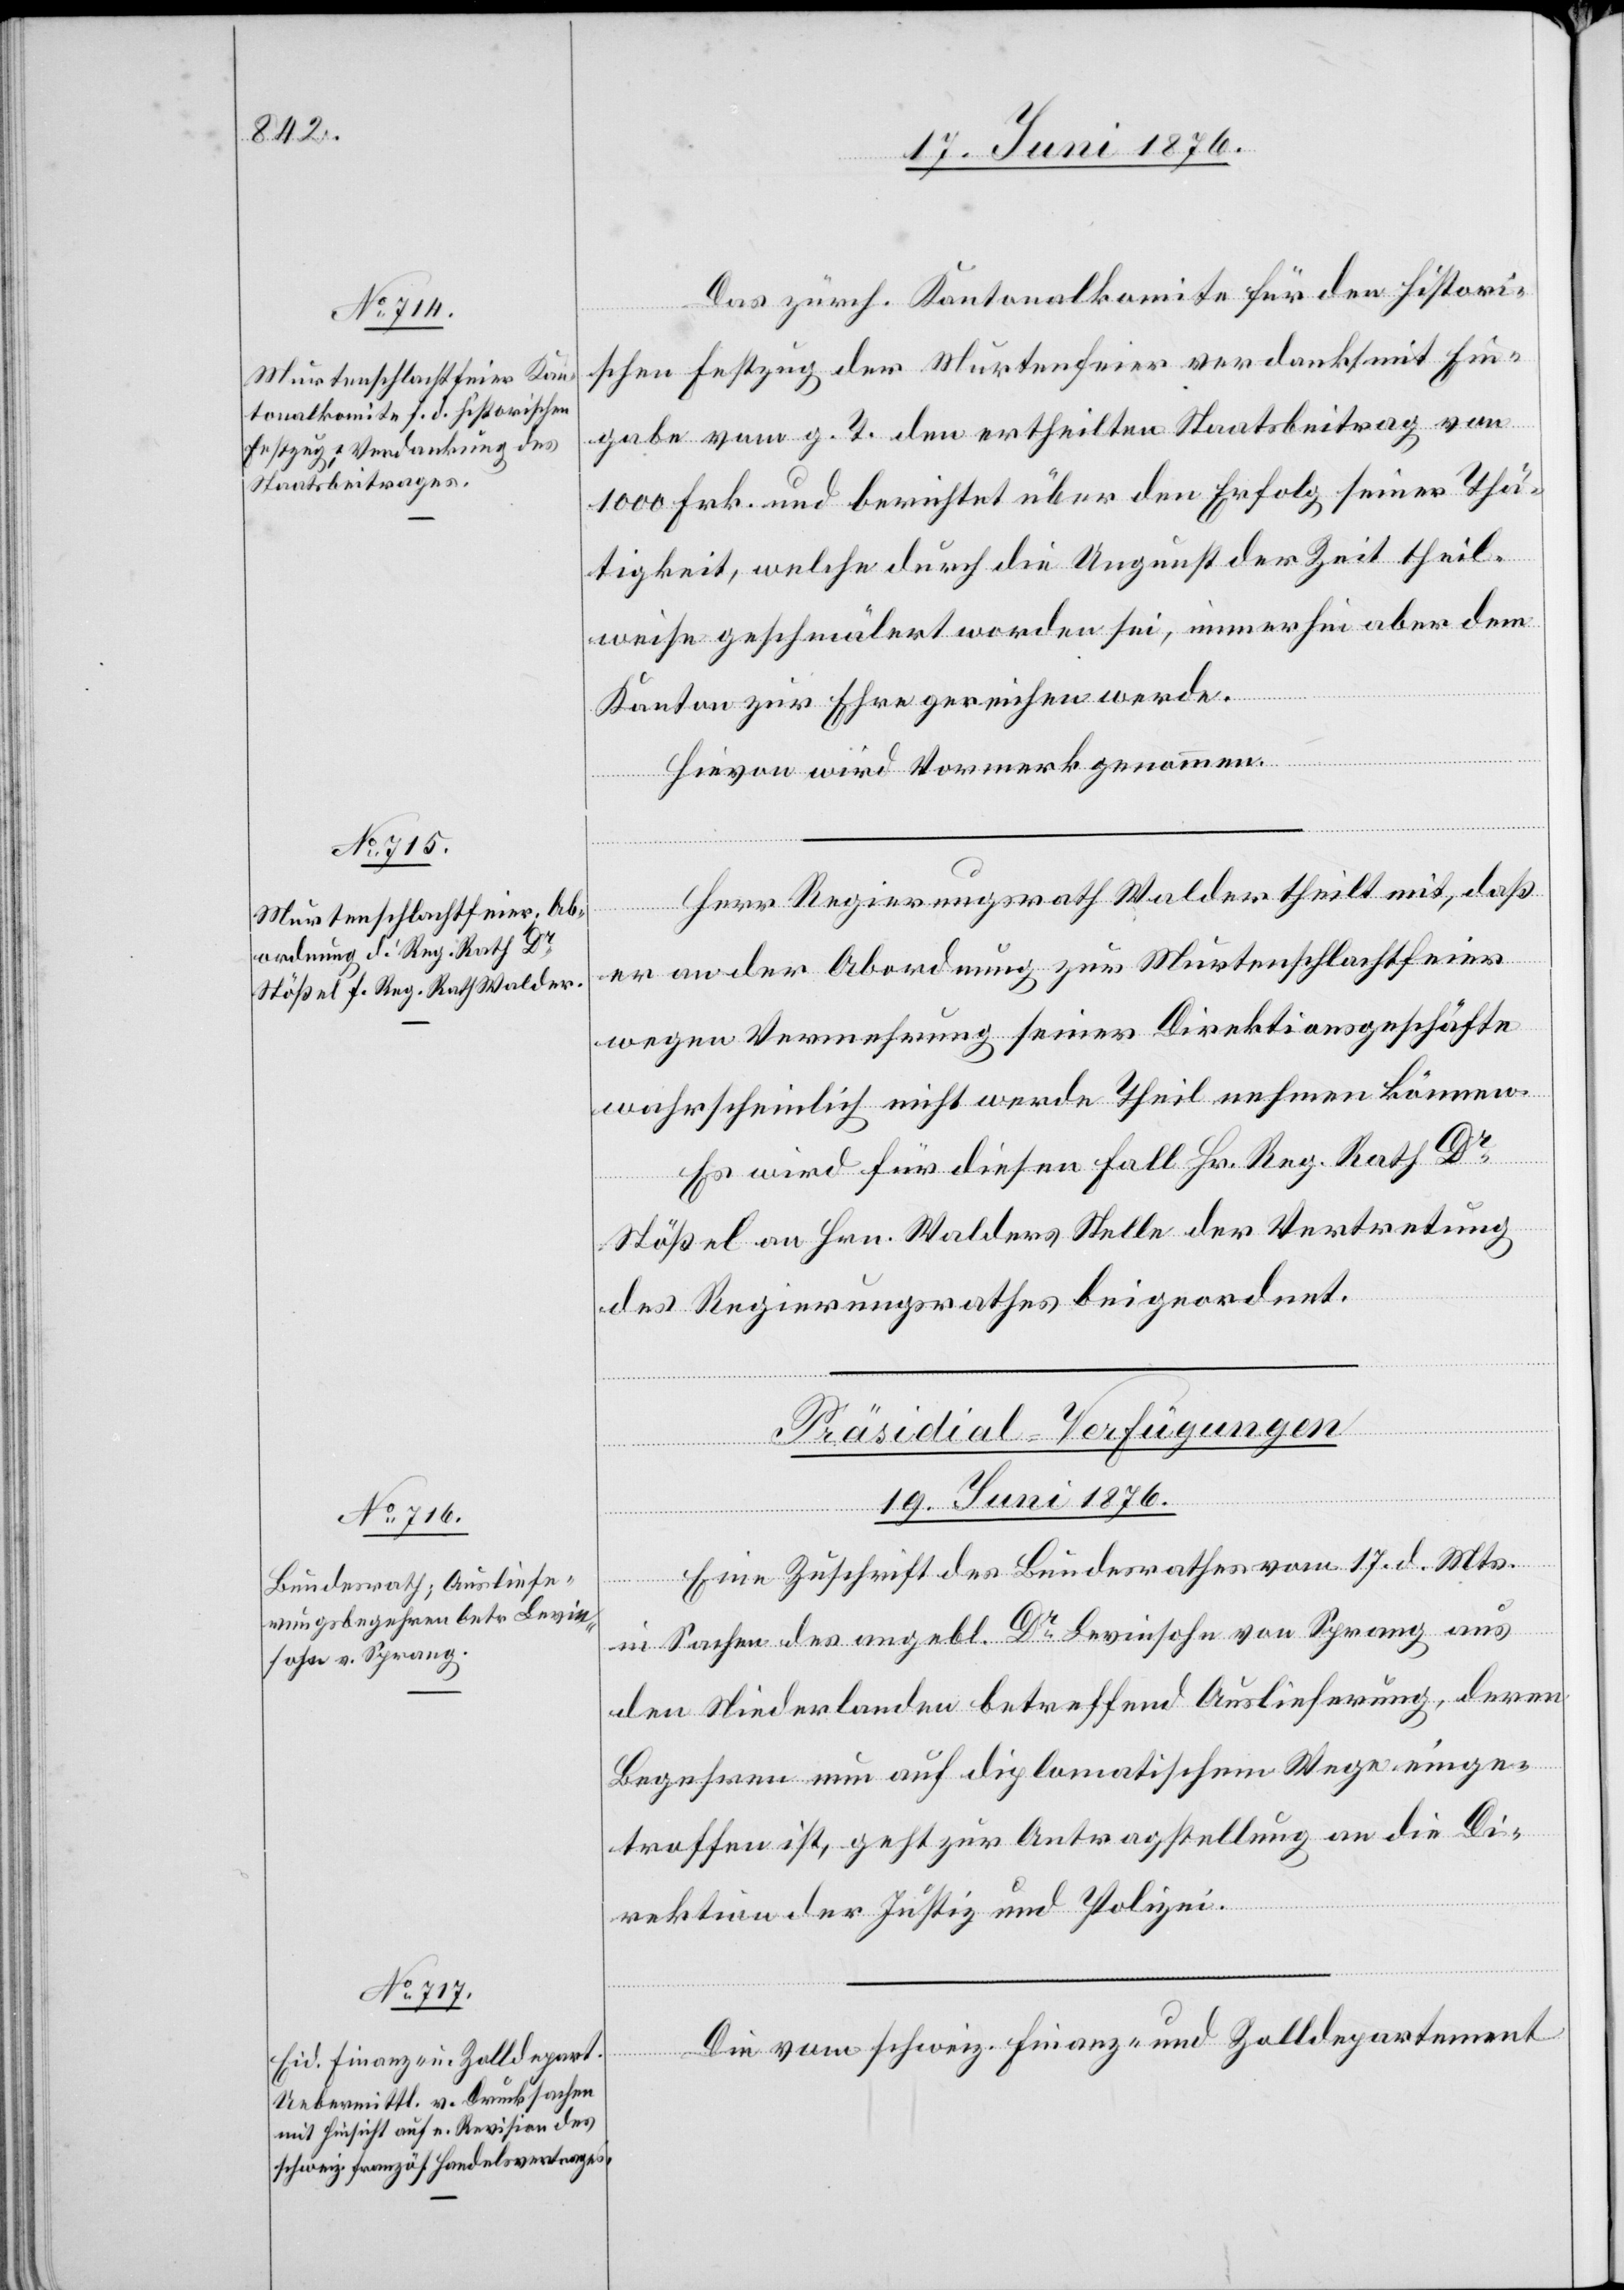
Das zürch. Kantonalkomite für den histori¬
schen Festzug der Murtenfeier verdankt mit Ein¬
gabe vom g. T. den ertheilten Staatsbeitrag von
1000 Frk. und berichtet über den Erfolg seiner Thä¬
tigkeit, welche durch die Ungunst der Zeit theil¬
weise geschmälert worden sei, immerhin aber dem
Kanton zur Ehre gereichen werde.
Hievon wird Vormerk genommen.
Herr Regierungsrath Walder theilt mit, daß
er an der Abordnung zur Murtenschlachtfeier
wegen Vermehrung seiner Direktionsgeschäfte
wahrscheinlich nicht werde Theil nehmen können.
Es wird für diesen Fall Hr. Reg. Rath Dr
Stößel an Hrn. Walders Stelle der Vertretung
des Regierungsrathes beigeordnet.
[Präsidial-Verfügungen
19. Juni 1876.]
Eine Zuschrift des Bundesrathes vom 17. d. Mts.
in Sachen des angebl. Dr Levinsohn von Sprang aus
den Niederlanden betreffend Auslieferung, deren
Begehren nun auf diplomatischem Wege einge¬
troffen ist, geht zur Antragstellung an die Di¬
rektion der Justiz und Polizei.
Die vom schweiz. Finanz- und Zolldepartement